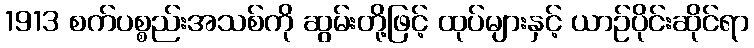
1913 စက်ပစ္စည်းအသစ်ကို ဆွမ်းတို့ဖြင့် ထုပ်များနှင့် ယာဉ်ပိုင်းဆိုင်ရာ